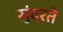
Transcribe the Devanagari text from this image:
सुंदरते